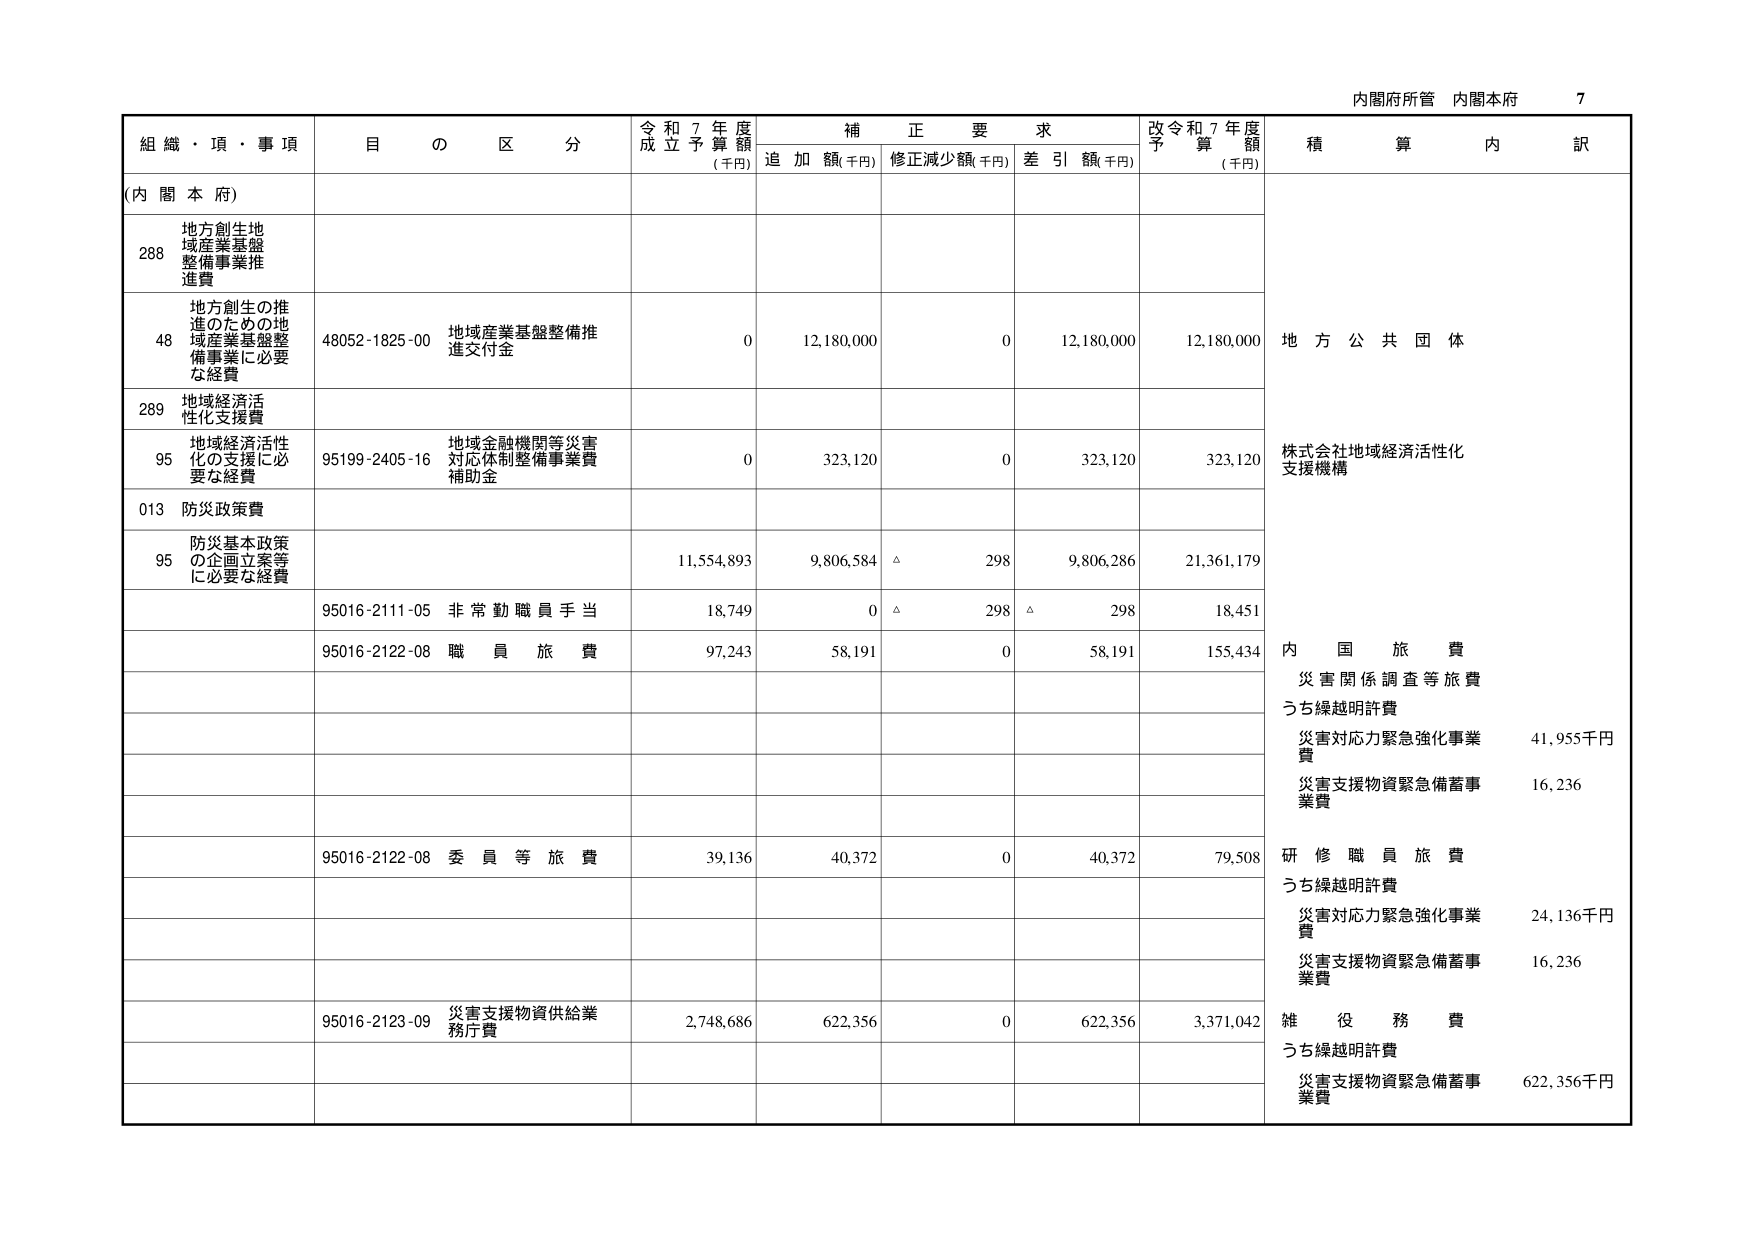
内閣府所管 内閣本府 7

組織・項・事項 目の区分 令和7年度成立予算額(千円) 補正要求 追加額(千円) 修正減少額(千円) 差引額(千円) 改令和7年度予算額(千円) 積算内訳

(内閣本府)

288 地方創生地域産業基盤整備事業推進費

48 地方創生の推進のための地域産業基盤整備事業に必要な経費 48052-1825-00 地域産業基盤整備推進交付金 0 12,180,000 0 12,180,000 12,180,000 地方公共団体

289 地域経済活性化支援費

95 地域経済活性化の支援に必要な経費 95199-2405-16 地域金融機関等災害対応体制整備事業費補助金 0 323,120 0 323,120 323,120 株式会社地域経済活性化支援機構

013 防災政策費

95 防災基本政策の企画立案等に必要な経費 11,554,893 9,806,584 △ 298 9,806,286 21,361,179

95016-2111-05 非常勤職員手当 18,749 0 △ 298 △ 298 18,451

95016-2122-08 職員旅費 97,243 58,191 0 58,191 155,434 内国旅費 災害関係調査等旅費 うち繰越明許費 災害対応力緊急強化事業費 41,955千円 災害支援物資緊急備蓄事業費 16,236

95016-2122-08 委員等旅費 39,136 40,372 0 40,372 79,508 研修職員旅費 うち繰越明許費 災害対応力緊急強化事業費 24,136千円 災害支援物資緊急備蓄事業費 16,236

95016-2123-09 災害支援物資供給業務庁費 2,748,686 622,356 0 622,356 3,371,042 雑役務費 うち繰越明許費 災害支援物資緊急備蓄事業費 622,356千円